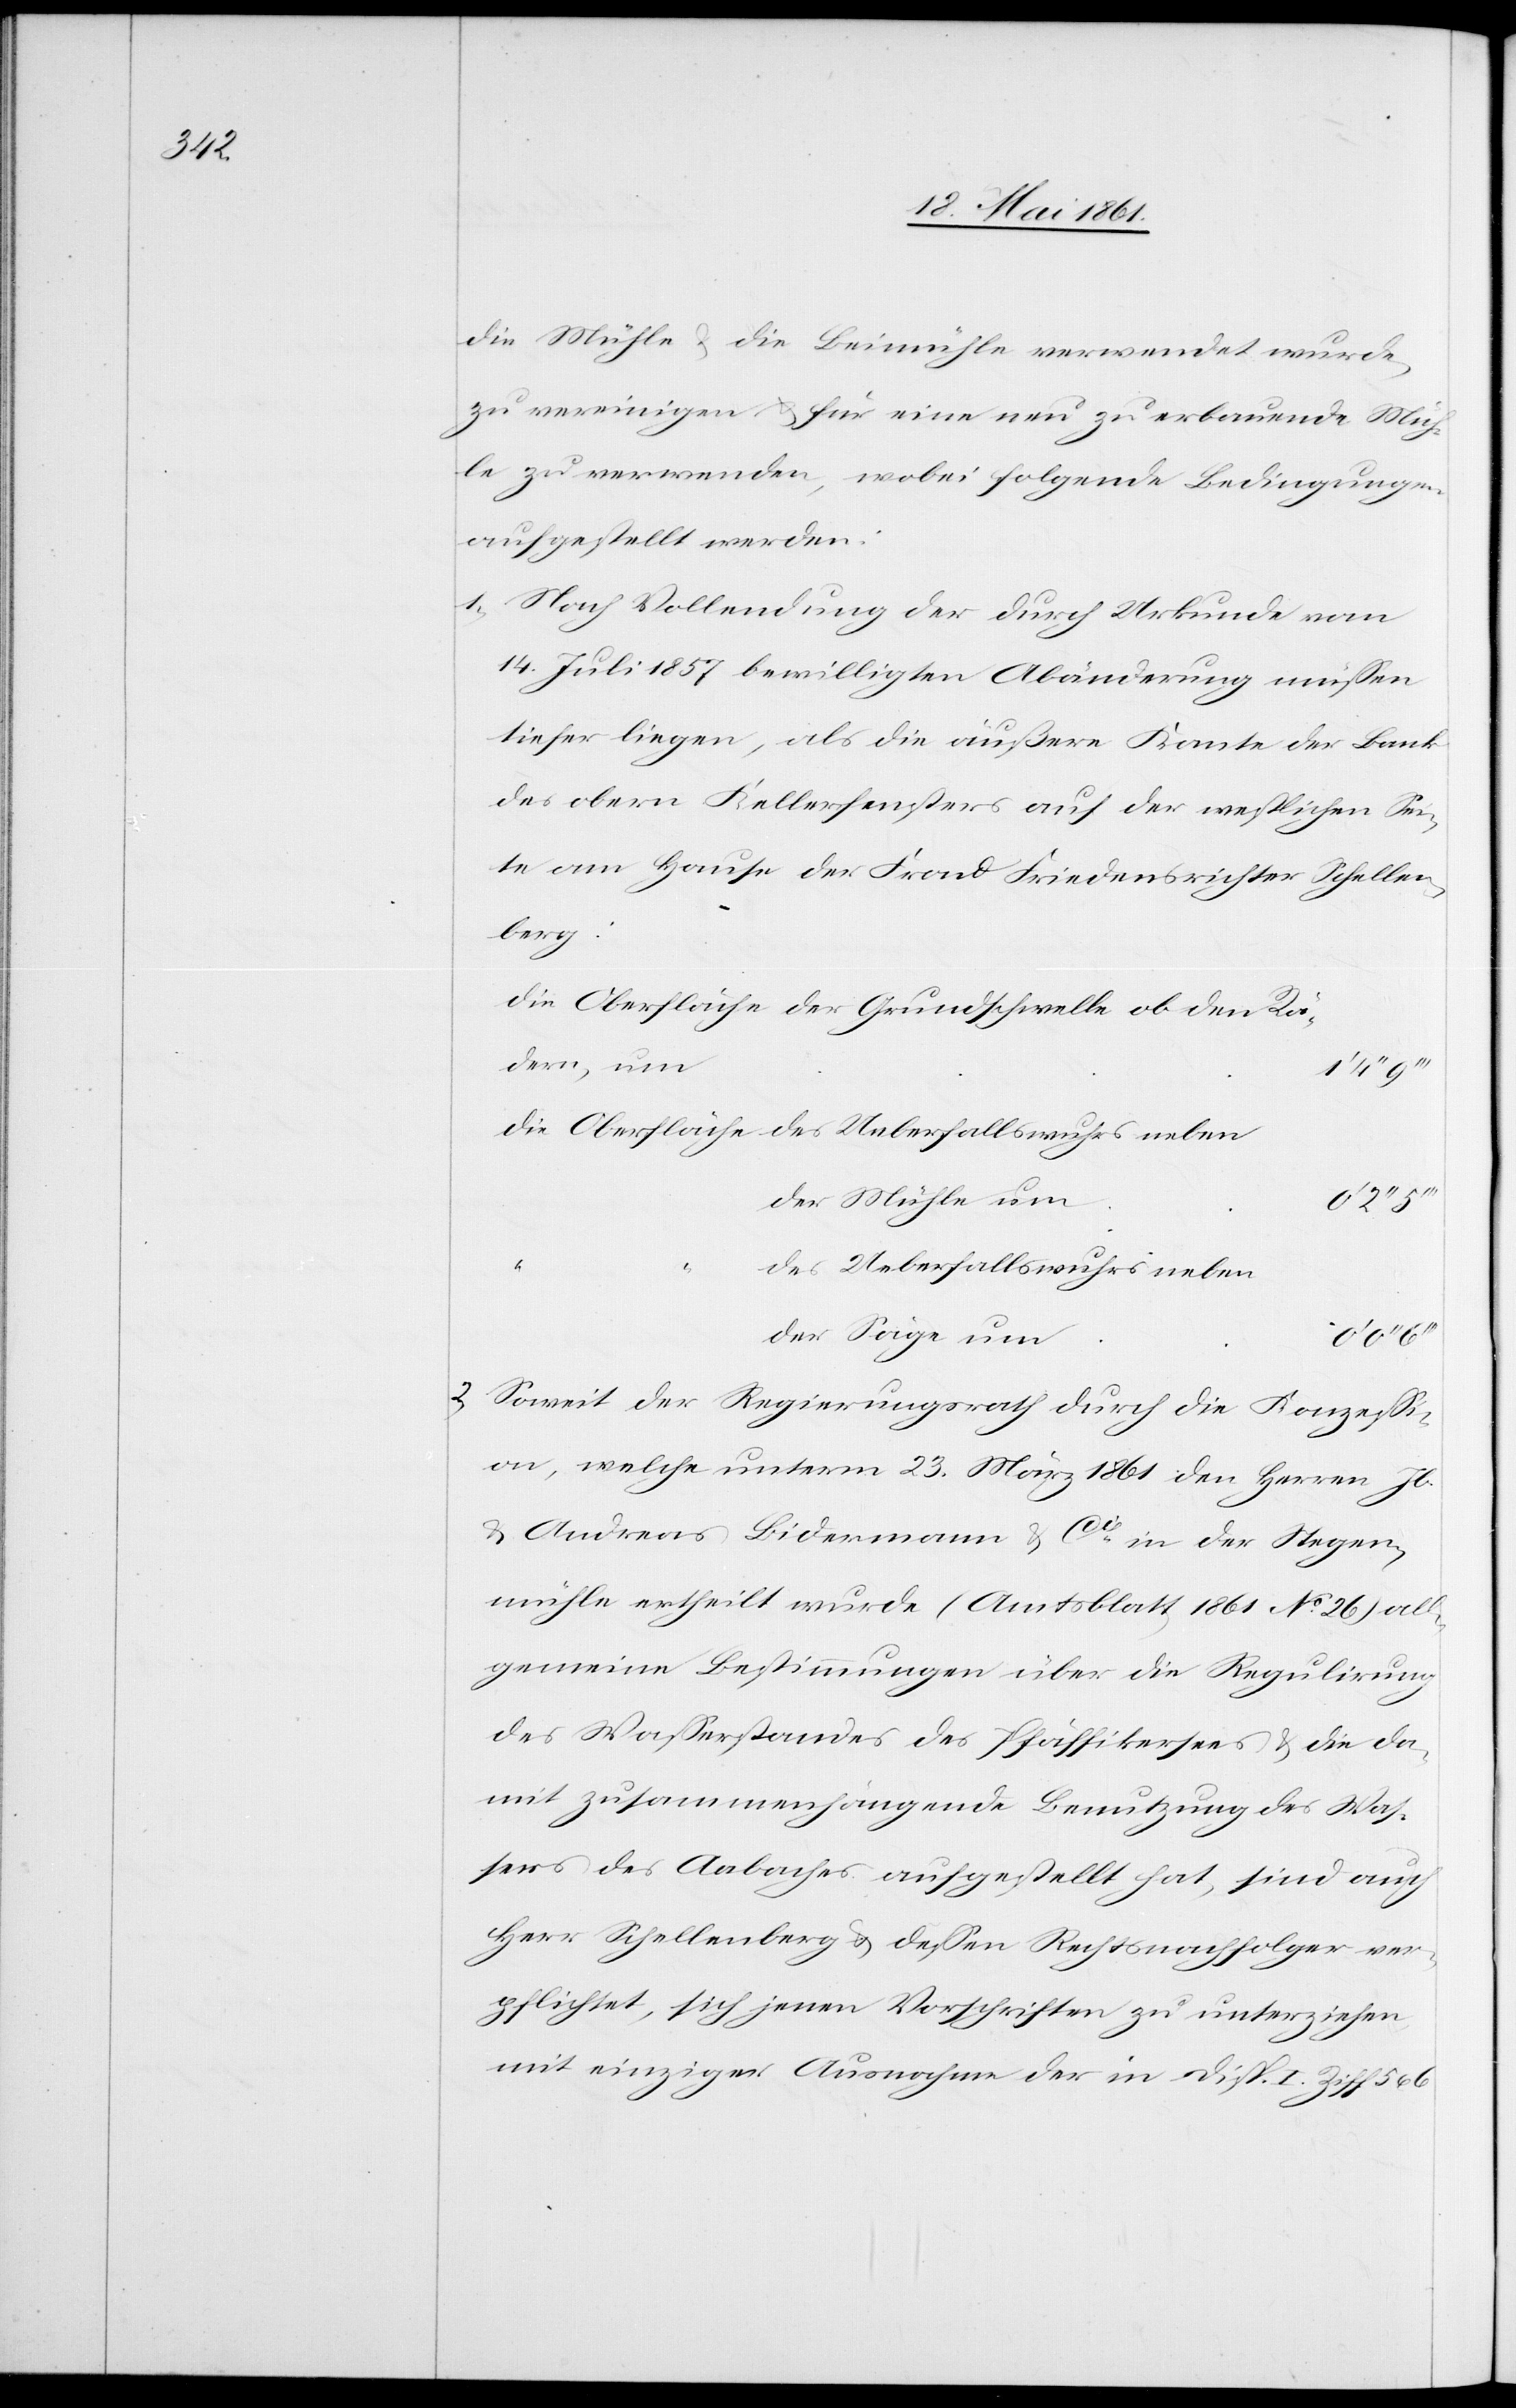
die Mühle u. die Beimühle verwendet wurde,
zu vereinigen u. für eine neu zu erbauende Müh¬
le zu verwenden, wobei folgende Bedingungen
aufgestellt werden:
1. Nach Vollendung der durch Urkunde vom
14. Juli 1857 bewilligten Abänderung müssen
tiefer liegen, als die äußere Kante der Bank
des obern Kellerfensters auf der westlichen Sei¬
te am Hause der Frau Friedensrichter Schellen¬
berg:
dern, um
der Mühle um
0’ 2’’
des Ueberfallswuhrs neben
der Säge um
u. 6
2. Soweit der Regierungsrath durch die Konzessi¬
on welche unterm 23. März 1861 den Herren Jb.
u. Andreas Bidermann u. Cie in der Stegen¬
mühle ertheilt wurde (Amtsblatt 1861 No 26) all¬
gemeine Bestimmungen über die Regulirung
des Wasserstandes des Pfäffikersees u. die da¬
mit zusammenhängende Benutzung des Was¬
sers des Aabaches aufgestellt hat, sind auch
Herr Schellenberg u. dessen Rechtsnachfolger ver¬
pflichtet, sich jenen Vorschriften zu unterziehen,
mit einziger Ausnahme der in Disp. I. Ziff. 5